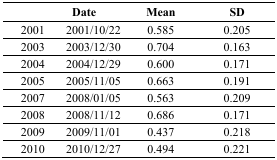
|  | Date | Mean | SD |
 | --- | --- | --- | --- |
 | 2001 | 2001/10/22 | 0.585 | 0.205 |
 | 2003 | 2003/12/30 | 0.704 | 0.163 |
 | 2004 | 2004/12/29 | 0.600 | 0.171 |
 | 2005 | 2005/11/05 | 0.663 | 0.191 |
 | 2007 | 2008/01/05 | 0.563 | 0.209 |
 | 2008 | 2008/11/12 | 0.686 | 0.171 |
 | 2009 | 2009/11/01 | 0.437 | 0.218 |
 | 2010 | 2010/12/27 | 0.494 | 0.221 |